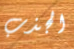
الجذب